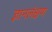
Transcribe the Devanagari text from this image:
ज्ञानलंक्षण